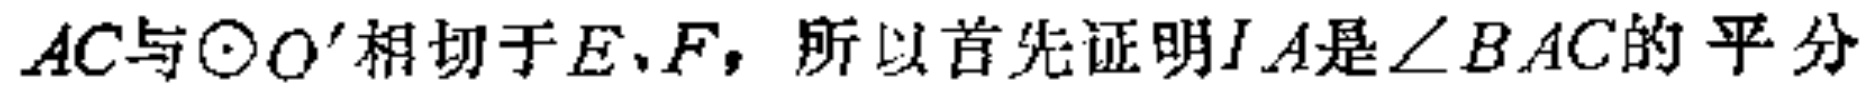
$AC与\odot O'相切于E、F，所以首先证明IA是\angle BAC的平分$